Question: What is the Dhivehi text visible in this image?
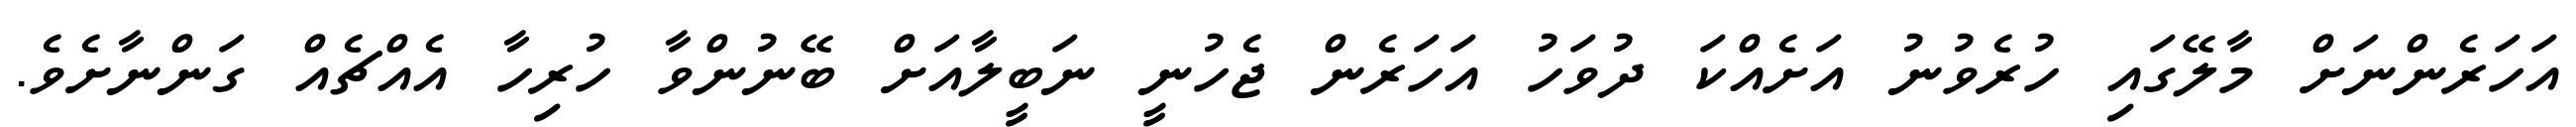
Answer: އަހަރެންނަށް މާލޭގައި ހުރެވުނު އަށެއްކަ ދުވަހު އަހަރެން ޖެހުނީ ނަބީލާއަށް ބޭނުންވާ ހުރިހާ އެއްޗެއް ގަންނާށެވެ.